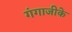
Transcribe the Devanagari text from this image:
गंगाजीके